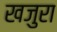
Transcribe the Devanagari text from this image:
खजुरा